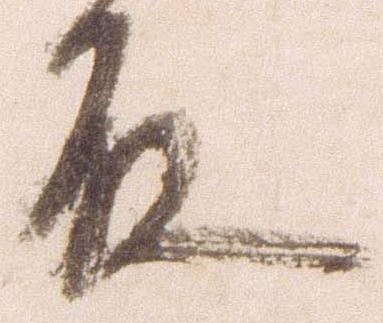
殿